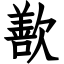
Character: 歚